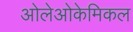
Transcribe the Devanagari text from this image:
ओलेओकेमिकल